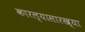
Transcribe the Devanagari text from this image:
कारल्यासारख्या